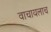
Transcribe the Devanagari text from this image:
वाचायलाच